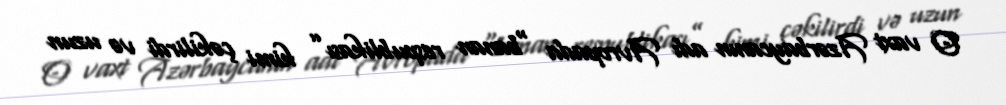
O vaxt Azərbaycanın adı Avropada “banan respublikası” kimi çəkilirdi və uzun